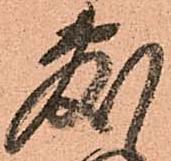
敷